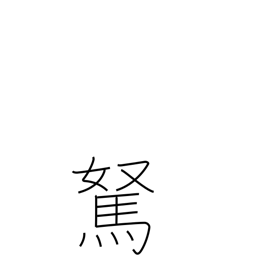
Meaning: foolish fellow